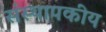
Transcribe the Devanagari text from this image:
संस्थापकीय